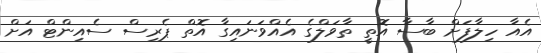
އެއާ ހިލާފަށް ބާސާ އޮތީ ތާވަލްގެ އެއްވަނައިގާ އޮތް ޕެރިސް ސެއިންޓް އަށް